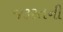
જરૂરતની